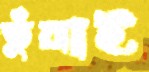
ভুঁয়াই